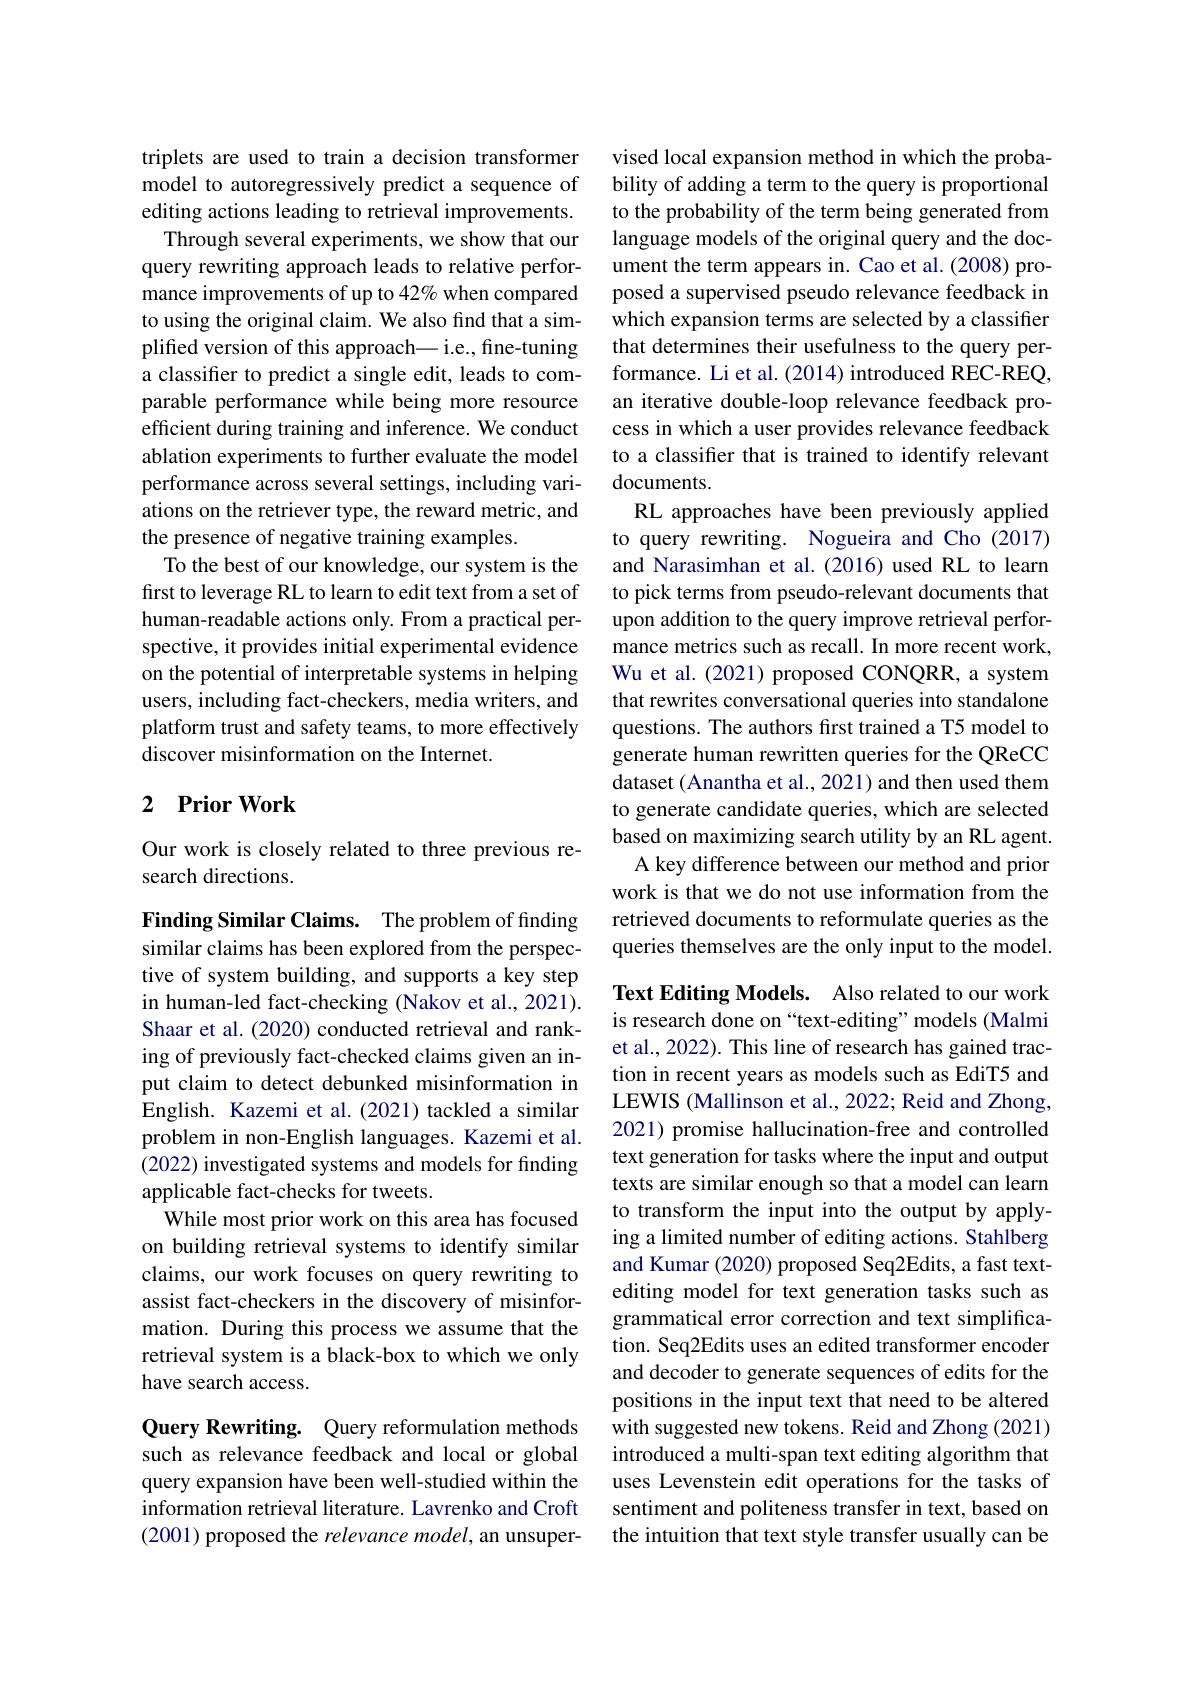
triplets are used to train a decision transformer model to autoregressively predict a sequence of editing actions leading to retrieval improvements.
Through several experiments, we show that our query rewriting approach leads to relative performance improvements of up to 42% when compared to using the original claim. We also find that a simplified version of this approach— i.e., fine-tuning a classifier to predict a single edit, leads to comparable performance while being more resource efficient during training and inference. We conduct ablation experiments to further evaluate the model performance across several settings, including variations on the retriever type, the reward metric, and the presence of negative training examples.
To the best of our knowledge, our system is the first to leverage RL to learn to edit text from a set of human-readable actions only. From a practical perspective, it provides initial experimental evidence on the potential of interpretable systems in helping users, including fact-checkers, media writers, and platform trust and safety teams, to more effectively discover misinformation on the Internet.

## 2 Prior Work

Our work is closely related to three previous re-
search directions.

Finding Similar Claims. The problem of finding similar claims has been explored from the perspective of system building, and supports a key step in human-led fact-checking (Nakov et al., 2021). Shaar et al. (2020) conducted retrieval and ranking of previously fact-checked claims given an input claim to detect debunked misinformation in English. Kazemi et al. (2021) tackled a similar problem in non-English languages. Kazemi et al. (2022) investigated systems and models for finding applicable fact-checks for tweets.
While most prior work on this area has focused on building retrieval systems to identify similar claims, our work focuses on query rewriting to assist fact-checkers in the discovery of misinformation. During this process we assume that the retrieval system is a black-box to which we only have search access.

Query Rewriting. Query reformulation methods such as relevance feedback and local or global query expansion have been well-studied within the information retrieval literature. Lavrenko and Croft (2001) proposed the relevance model, an unsuper-

vised local expansion method in which the probability of adding a term to the query is proportional to the probability of the term being generated from language models of the original query and the document the term appears in. Cao et al.(2008) proposed a supervised pseudo relevance feedback in which expansion terms are selected by a classifier that determines their usefulness to the query performance. Li et al. (2014) introduced REC-REQ, an iterative double-loop relevance feedback process in which a user provides relevance feedback to a classifier that is trained to identify relevant documents.
RL approaches have been previously applied to query rewriting. Nogueira and Cho (2017) and Narasimhan et al.(2016) used RL to learn to pick terms from pseudo-relevant documents that upon addition to the query improve retrieval performance metrics such as recall. In more recent work, Wu et al. (2021) proposed CONQRR, a system that rewrites conversational queries into standalone questions. The authors first trained a T5 model to generate human rewritten queries for the QReCC dataset (Anantha et al., 2021) and then used them to generate candidate queries, which are selected based on maximizing search utility by an RL agent.
A key difference between our method and prior work is that we do not use information from the retrieved documents to reformulate queries as the queries themselves are the only input to the model. Text Editing Models. Also related to our work is research done on“text-editing”models (Malmi et al., 2022). This line of research has gained trac-

tion in recent years as models such as EdiT5 and LEWIS (Mallinson et al., 2022; Reid and Zhong, 2021) promise hallucination-free and controlled text generation for tasks where the input and output texts are similar enough so that a model can learn to transform the input into the output by applying a limited number of editing actions. Stahlberg and Kumar (2020) proposed Seq2Edits, a fast textediting model for text generation tasks such as grammatical error correction and text simplification. Seq2Edits uses an edited transformer encoder and decoder to generate sequences of edits for the positions in the input text that need to be altered with suggested new tokens. Reid and Zhong (2021) introduced a multi-span text editing algorithm that uses Levenstein edit operations for the tasks of sentiment and politeness transfer in text, based on the intuition that text style transfer usually can be